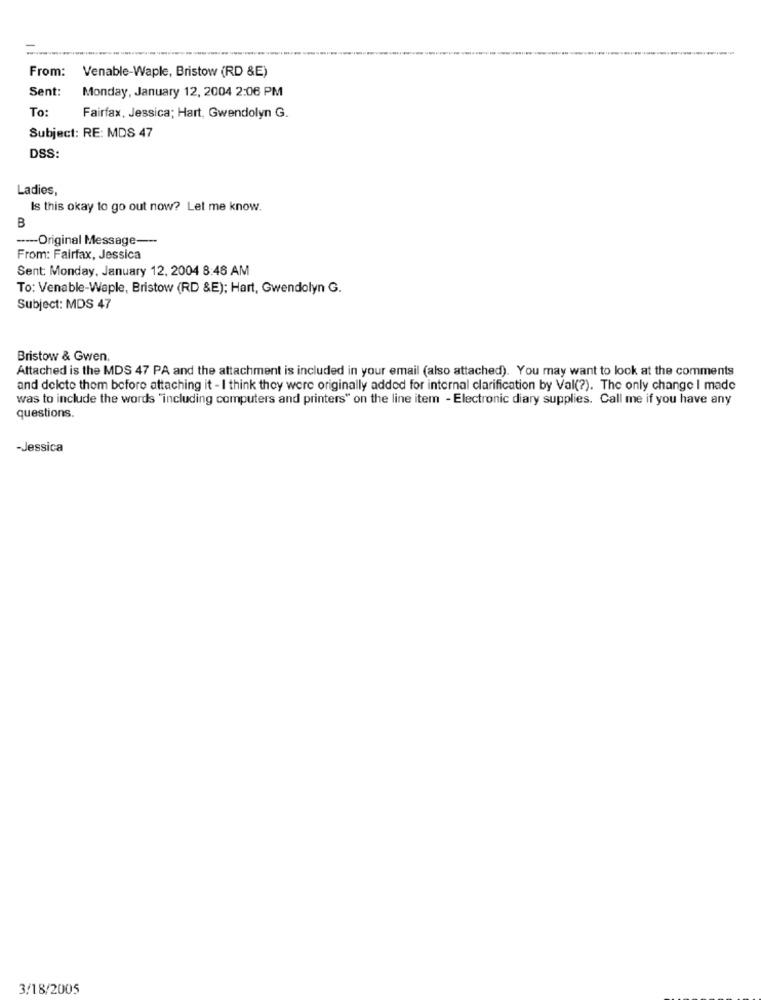
From: Venable-Waple, Bristow (RD &E)
Sent:
Monday, January 12, 2004 2:06 PM
To:
Fairfax, Jessica; Hart, Gwendolyn G.
Subject: RE: MDS 47
DSS:
Ladies,
Is this okay to go out now? Let me know.
B
---- Original Message ---
From: Fairfax, Jessica
Sent: Monday, January 12, 2004 8:46 AM
To: Venable-Waple, Bristow (RD &E); Hart, Gwendolyn G.
Subject: MDS 47
Bristow & Gwen.
Attached is the MDS 47 PA and the attachment is included in your email (also attached). You may want to look at the comments
and delete them before attaching it - I think they were originally added for internal clarification by Val(?). The only change I made
was to include the words "including computers and printers" on the line item - Electronic diary supplies. Call me if you have any
questions.
-Jessica
3/18/2005